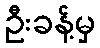
ဦးခန့်မှ